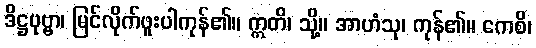
ဒိဋ္ဌပုဗ္ဗာ၊ မြင်လိုက်ဖူးပါကုန်၏။ ဣတိ၊ သို့။ အာဟံသု၊ ကုန်၏။ ကေစိ၊